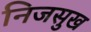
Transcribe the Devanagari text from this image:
निजसुख